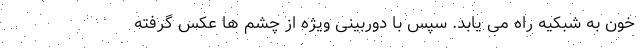
خون به شبکیه راه می یابد. سپس با دوربینی ویژه از چشم ها عکس گرفته